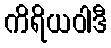
ကိရိယဝါဒီ